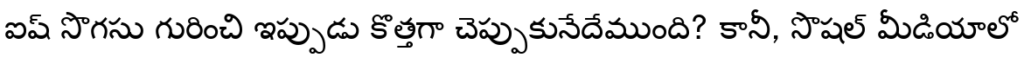
ఐష్ సొగసు గురించి ఇప్పుడు కొత్తగా చెప్పుకునేదేముంది? కానీ, సొషల్ మీడియాలో